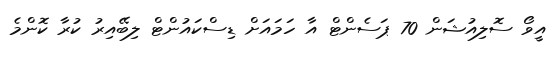
އީވޯ ސޮލިއުޝަން 70 ޕަސެންޓް އާ ހަމައަށް ޑިސްކައުންޓް ލިބޭއިރު ކުރާ ކޮންމެ